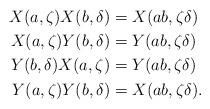
LaTeX: \begin{align*} X(a,\zeta)X(b,\delta) &= X(ab,\zeta\delta)\\ X(a,\zeta)Y(b,\delta) &= Y(ab,\zeta\delta)\\ Y(b,\delta)X(a,\zeta) &= Y(ab,\zeta\delta)\\ Y(a,\zeta)Y(b,\delta) &= X(ab,\zeta\delta).\end{align*}